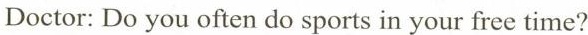
Doctor: Do you often do sports in your free time?